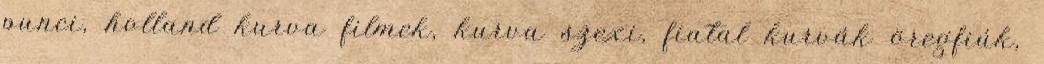
punci, holland kurva filmek, kurva szexi, fiatal kurvák öregfiúk,